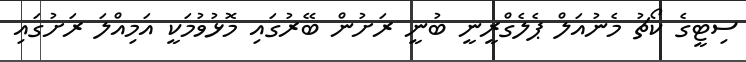
ސިޓީގެ ކޯޗު މެނުއަލް ޕެލެގްރީނީ ބުނީ ރަށުން ބޭރުގައި މޮޅުވުމަކީ އަމިއްލަ ރަށުގައި